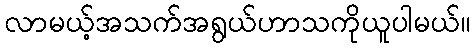
လာမယ့်အသက်အရွယ်ဟာသကိုယူပါမယ်။